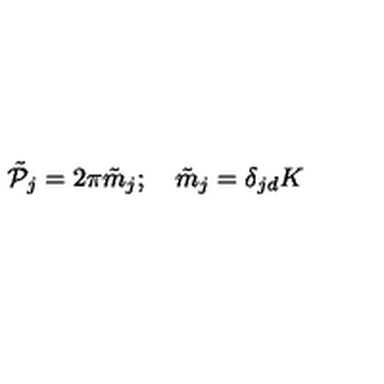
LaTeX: \tilde { \cal P } _ { j } = 2 \pi \tilde { m } _ { j } ; \quad \tilde { m } _ { j } = \delta _ { j d } K